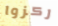
ركزوا